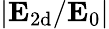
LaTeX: |{\mathbf E}_{\mathrm{2d}}/{\mathbf E}_{0}|